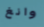
وانغ